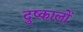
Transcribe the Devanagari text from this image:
दुष्कालों